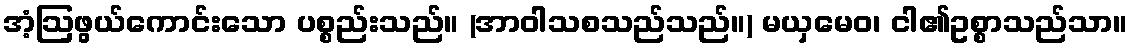
အံ့ဩဖွယ်ကောင်းသော ပစ္စည်းသည်။ (အာဝါသစသည်သည်။) မယှမေဝ၊ ငါ၏ဥစ္စာသည်သာ။